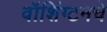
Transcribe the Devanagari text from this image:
वॉशिंग्टनचे